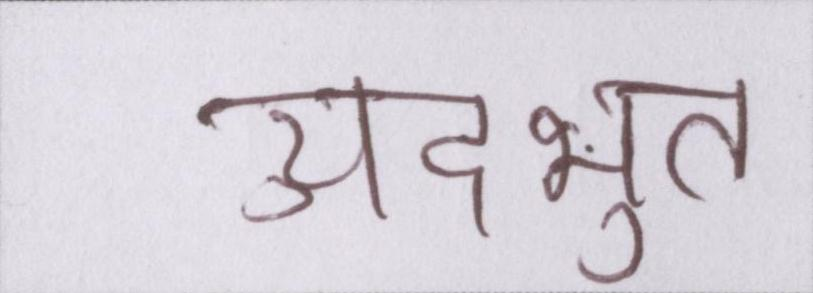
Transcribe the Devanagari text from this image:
अदभुत